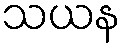
သယန